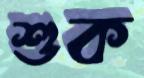
শুক